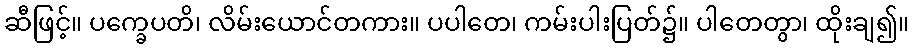
ဆီဖြင့်။ ပက္ခေပတိ၊ လိမ်းယောင်တကား။ ပပါတေ၊ ကမ်းပါးပြတ်၌။ ပါတေတွာ၊ ထိုးချ၍။